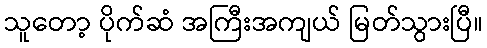
သူတော့ ပိုက်ဆံ အကြီးအကျယ် မြတ်သွားပြီ။